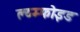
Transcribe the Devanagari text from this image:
ल्य्म्फोइड